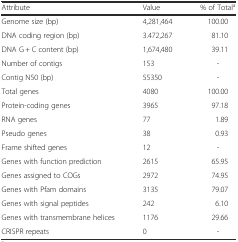
| Attribute | Value | % of Totala |
 | --- | --- | --- |
 | Genome size (bp) | 4,281,464 | 100.00 |
 | DNA coding region (bp) | 3.472,267 | 81.10 |
 | DNA G + C content (bp) | 1,674,480 | 39.11 |
 | Number of contigs | 153 | - |
 | Contig N50 (bp) | 55350 | - |
 | Total genes | 4080 | 100.00 |
 | Protein-coding genes | 3965 | 97.18 |
 | RNA genes | 77 | 1.89 |
 | Pseudo genes | 38 | 0.93 |
 | Frame shifted genes | 12 | - |
 | Genes with function prediction | 2615 | 65.95 |
 | Genes assigned to COGs | 2972 | 74.95 |
 | Genes with Pfam domains | 3135 | 79.07 |
 | Genes with signal peptides | 242 | 6.10 |
 | Genes with transmembrane helices | 1176 | 29.66 |
 | CRISPR repeats | 0 | - |